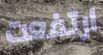
ارتفعت